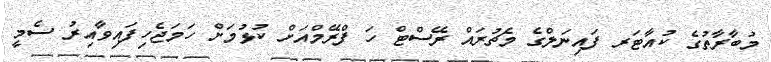
މުބާރާތުގެ ކުއާޓަރ ފައިނަލްގެ މެޗުރައް ރޭސްޓް ހަ ފްރޭމްއަށް ކުޅުމަށް ހަމަޖެހިފައިވާއިރު ސެމީ